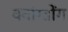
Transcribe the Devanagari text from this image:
क्वांग्तोंग